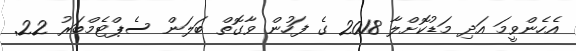
އެހެންވީމަ އަދި މަޑުކޮށްލާ 2018 ގެ ފަހުން ވާގޮތް ބަލަން ސެޕްޓެމްބަރު 22